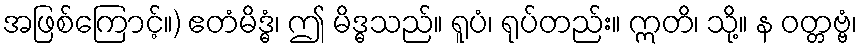
အဖြစ်ကြောင့်။) ဧတံမိဒ္ဓံ၊ ဤ မိဒ္ဓသည်။ ရူပံ၊ ရုပ်တည်း။ ဣတိ၊ သို့။ န ဝတ္တဗ္ဗံ၊